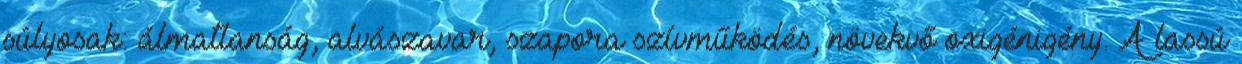
súlyosak: álmatlanság, alvászavar, szapora szívműködés, növekvő oxigénigény. A lassú